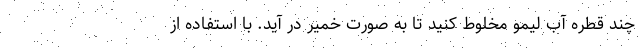
چند قطره آب لیمو مخلوط کنید تا به صورت خمیر در آید. با استفاده از